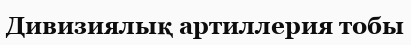
Дивизиялық артиллерия тобы